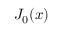
J _ { 0 } ( x )